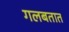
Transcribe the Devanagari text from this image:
गलबतात